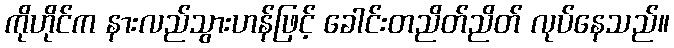
ကိုဟိုင်က နားလည်သွားဟန်ဖြင့် ခေါင်းတညိတ်ညိတ် လုပ်နေသည်။